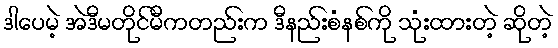
ဒါပေမဲ့ အဲဒီမတိုင်မီကတည်းက ဒီနည်းစံနစ်ကို သုံးထားတဲ့ ဆိုတဲ့